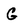
Character: G